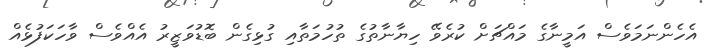
އެހެންނަމަވެސް އަމީނާގެ މައްޗަށް ކުރެވޭ ހިޔާނާތުގެ ތުހުމަތާއި ގުޅިގެން ބޮޑުވަޒީރު އެއްވެސް ވާހަކަފުޅެއް